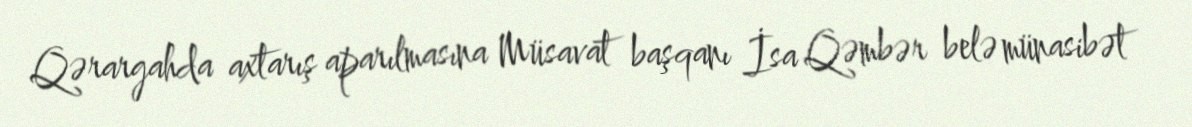
Qərargahda axtarış aparılmasına Müsavat başqanı İsa Qəmbər belə münasibət